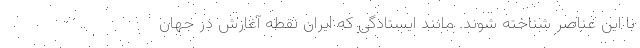
با این عناصر شناخته شوند. مانند ایستادگی که ایران نقطه آغازش در جهان